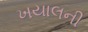
ખયાલની